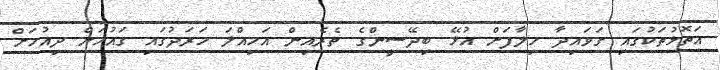
އަތޮޅުތަކުގައި ގަވައިދާ ހިލާފަށް އުޅޭ ބިދޭސީންގެ ތެރެއިން އަމިއްލަ ހަރަދުގައި ގައުމަށް ދިއުމަށް